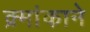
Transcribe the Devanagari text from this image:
क्र्मांकाने